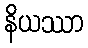
နိယဿာ